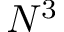
N ^ { 3 }